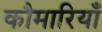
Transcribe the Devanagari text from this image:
कौमारियाँ